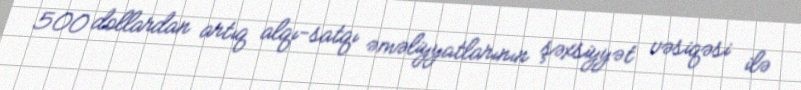
500 dollardan artıq alqı-satqı əməliyyatlarının şəxsiyyət vəsiqəsi ilə